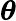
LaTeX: \boldsymbol{\theta}